Vaccination Hyderabad 1890-1903 - 1890-1903
Year: 1890
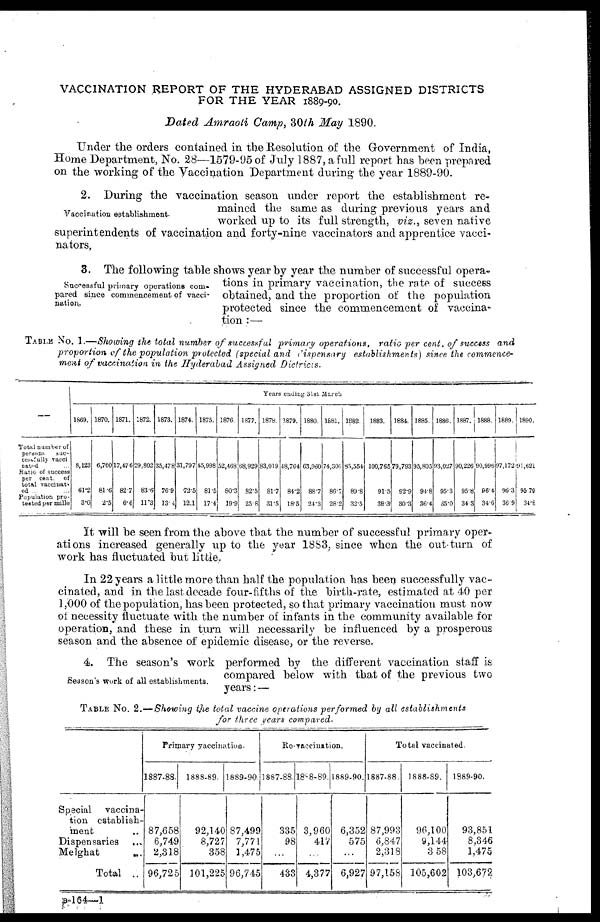
VACCINATION REPORT OF THE HYDERABAD ASSIGNED DISTRICTS
FOR THE YEAR 1889-90.
Dated Amraoti Camp, 30th May 1890.
Under the orders contained in the Resolution of the Government of India,
Home Department, No. 28—1579-95 of July 1887, a full report has been prepared
on the working of the Vaccination Department during the year 1889-90.
Vaccination establishment.
2. During the vaccination season under report the establishment re-
mained the same as during previous years and
worked up to its full strength, viz., seven native
superintendents of vaccination and forty-nine vaccinators and apprentice vacci-
nators.
Successful primary operations com-
pared since commencement of vacci-
nation.
3. The following table shows year by year the number of successful opera-
tions in primary vaccination, the rate of success
obtained, and the proportion of the population
protected since the commencement of vaccina-
tion :—
TABLE No. 1.—Showing the total number of successful primary operations, ratio per cent. of success and
proportion of the population protected (special and dispensary establishments) since the commence-
ment of vaccination in the Hyderabad Assigned Districts.
Total number of
persons
suc-
cessfully vacci
nated ...
Ratio of success
per cent. of
total vaccinal-
ed ... ...
Population pro-
tected per mille
Years ending 3lst March
1869.
8,123
61.2
3.0
1870.
6,760
81.6
2.5
1871.
17,476
82.7
6.6
1872.
29,802
83.6
11.3
1873.
35,478
76.9
13.4
1874.
31,797
72.5
12.1
1875.
45,998
81.5
17.4
1876.
52,468
80.3
19.9
1877.
68,929
82.5
25.8
1878.
83,019
81.7
31.5
1879.
48,764
84.2
18.5
1880.
63,960
88.7
24.3
1881.
74,306
86.7
28.2
1882.
85,554
89.8
32.5
1883.
100,765
91.5
38.3
1884.
79,793
92.9
30.3
1885.
95,805
94.8
36.4
1886.
93,027
95.3
35.0
1887.
90,226
95.8
34.3
1888.
90,996
96.4
34.6
1889.
97,172
96.3
36.9
1890.
91,621
95.79
34.8
It will be seen from the above that the number of successful primary oper-
ations increased generally up to the year 1883, since when the out-turn of
work has fluctuated but little.
In 22 years a little more than half the population has been successfully vac-
cinated, and in the last decade four-fifths of the birth-rate, estimated at 40 per
1,000 of the population, has been protected, so that primary vaccination must now
of necessity fluctuate with the number of infants in the community available for
operation, and these in turn will necessarily be influenced by a prosperous
season and the absence of epidemic disease, or the reverse.
Season's work of all establishments.
4. The season's work performed by the different vaccination staff is
compared below with that of the previous two
years: —
TABLE No. 2.—Showing the total vaccine operations performed by all establishments
for three years compared.
Special vaccina-
tion establish-
ment ...
Dispensaries
...
Melghat
...
Total ..
Primary vaccination.
1887-88.
87,658
6,749
2,318
96,725
1888-89.
92,140
8,727
358
101,225
1889-90.
87,499
7,771
1,475
96,745
Re-vaccination.
1887-88.
335
98
...
433
1888-89.
3,960
417
...
4,377
1889-90.
6,352
575
...
6,927
Total vaccinated.
1887-88.
87,993
6,847
2,318
97,158
1888-89.
96,100
9,144
3,58
105,602
1889-90.
93,851
8,346
1,475
103,672
B-164—1